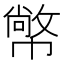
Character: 幤